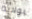
بولاية